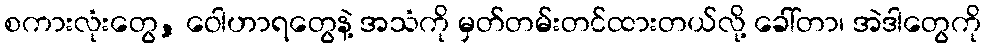
စကားလုံးတွေ, ဝေါဟာရတွေနဲ့ အသံကို မှတ်တမ်းတင်ထားတယ်လို့ ခေါ်တာ၊ အဲဒါတွေကို